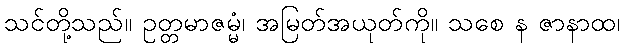
သင်တို့သည်။ ဥတ္တမာဇမ္မံ၊ အမြတ်အယုတ်ကို။ သစေ န ဇာနာထ၊